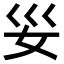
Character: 𫰊